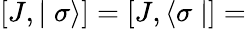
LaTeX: \left[J,\mid\sigma\rangle\right]=\left[J,\langle\sigma\mid\right]=